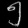
Digit: ၅